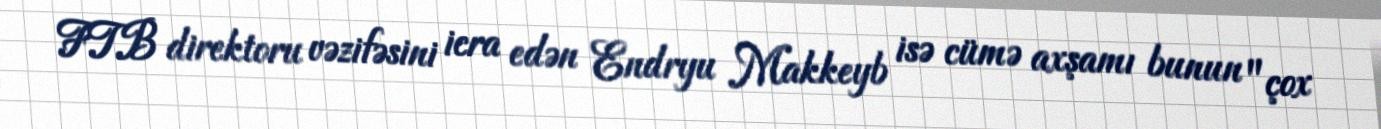
FTB direktoru vəzifəsini icra edən Endryu Makkeyb isə cümə axşamı bunun "çox